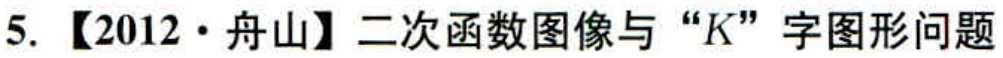
5. 【2012·舟山】二次函数图像与“\(K\)”字图形问题